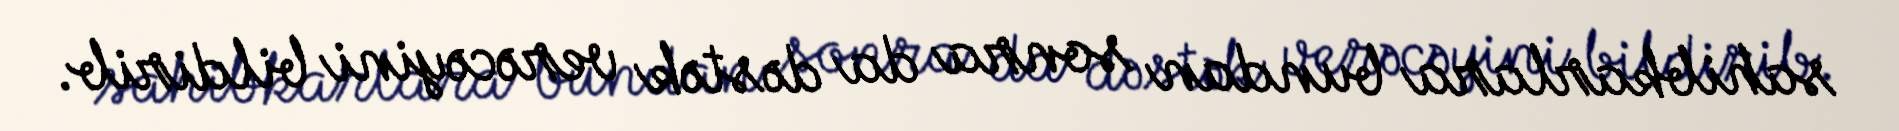
sahibkarlara bundan sonra da dəstək verəcəyini bildirib.